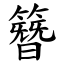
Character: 簪